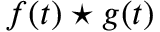
f ( t ) \star g ( t )